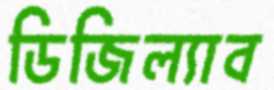
ডিজিল্যাব